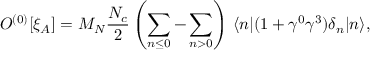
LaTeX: O ^ { ( 0 ) } [ \xi _ { A } ] = M _ { N } \frac { N _ { c } } { 2 } \left( \sum _ { n \leq 0 } - \sum _ { n > 0 } \right) \, \langle n \vert ( 1 + \gamma ^ { 0 } \gamma ^ { 3 } ) \delta _ { n } \vert n \rangle ,